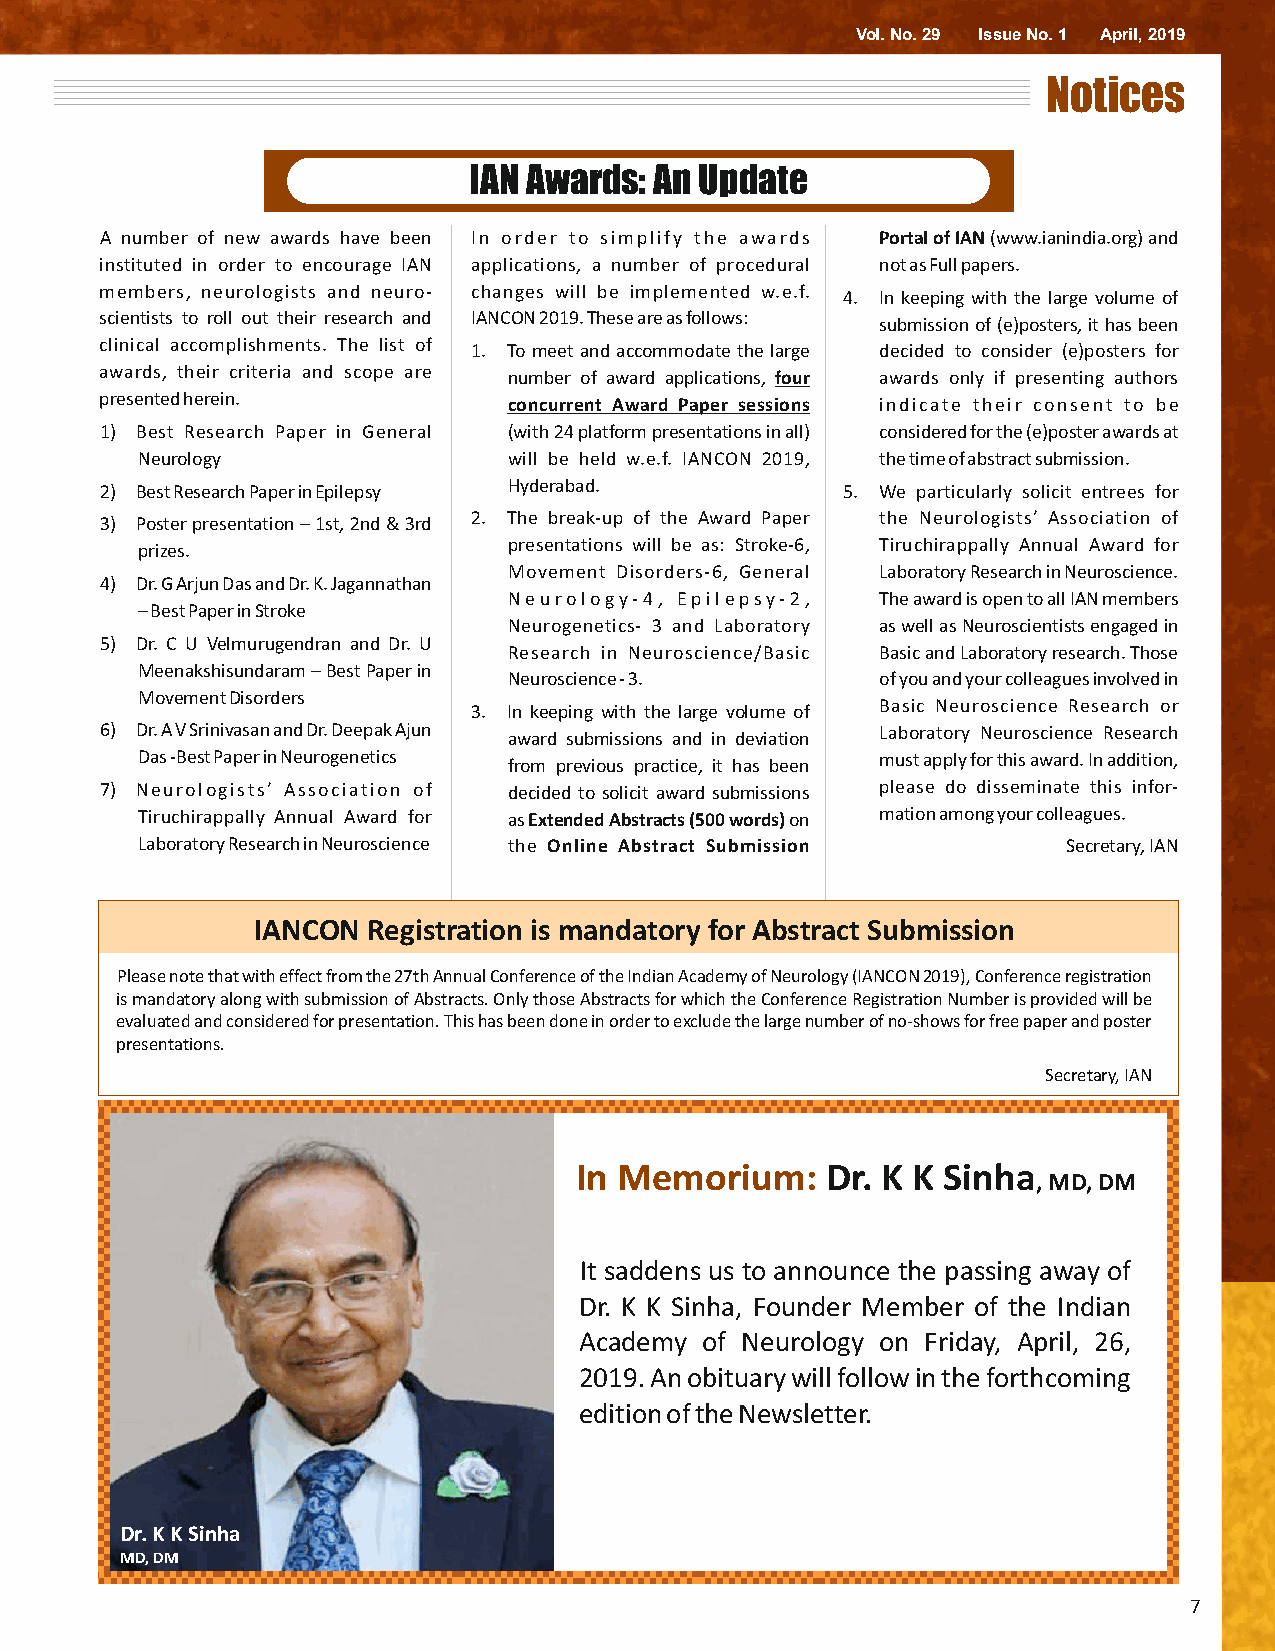
Vol. No. 29 Issue No. 1 April, 2019
 Notices
 IAN Awards: An Update
 A number of new awards have been In order to simplify the awards Portal of IAN (www.ianindia.org) and
 instituted in order to encourage IAN applications, a number of procedural not as Full papers.
 members, neurologists and neuro- changes will be implemented w.e.f. 4. In keeping with the large volume of
 scientists to roll out their research and IANCON 2019. These are as follows: submission of (e)posters, it has been
 clinical accomplishments. The list of 1. To meet and accommodate the large decided to consider (e)posters for
 awards, their criteria and scope are number of award applications, four awards only if presenting authors
 presented herein.          concurrent Award Paper sessions indicate their consent to be
 1) Best Research Paper in General (with 24 platform presentations in all) considered for the (e)poster awards at
 Neurology                will be held w.e.f. IANCON 2019, the time of abstract submission.
 2) Best Research Paper in Epilepsy Hyderabad.    5. We particularly solicit entrees for
 3) Poster presentation – 1st, 2nd & 3rd 2. The break-up of the Award Paper the Neurologists’ Association of
 prizes.                  presentations will be as: Stroke-6, Tiruchirappally Annual Award for
 Movement Disorders-6, General Laboratory Research in Neuroscience.
 4) Dr. G Arjun Das and Dr. K. Jagannathan
 Neurology-4, Epilepsy-2, The award is open to all IAN members
 – Best Paper in Stroke
 Neurogenetics- 3 and Laboratory as well as Neuroscientists engaged in
 5) Dr. C U Velmurugendran and Dr. U
 Research in Neuroscience/Basic Basic and Laboratory research. Those
 Meenakshisundaram – Best Paper in
 Neuroscience - 3.       of you and your colleagues involved in
 Movement Disorders
 3. In keeping with the large volume of Basic Neuroscience Research or
 6) Dr. A V Srinivasan and Dr. Deepak Ajun award submissions and in deviation Laboratory Neuroscience Research
 Das -Best Paper in Neurogenetics from previous practice, it has been must apply for this award. In addition,
 7) Neurologists’ Association of decided to solicit award submissions please do disseminate this infor-
 Tiruchirappally Annual Award for as Extended Abstracts (500 words) on mation among your colleagues.
 Laboratory Research in Neuroscience the Online Abstract Submission Secretary, IAN
 IANCON Registration is mandatory for Abstract Submission
 Please note that with effect from the 27th Annual Conference of the Indian Academy of Neurology (IANCON 2019), Conference registration
 is mandatory along with submission of Abstracts. Only those Abstracts for which the Conference Registration Number is provided will be
 evaluated and considered for presentation. This has been done in order to exclude the large number of no-shows for free paper and poster
 presentations.
 Secretary, IAN
 In Memorium:     Dr. K K Sinha
 , MD, DM
 It saddens us to announce the passing away of
 Dr. K K Sinha, Founder Member of the Indian
 Academy of Neurology on Friday, April, 26,
 2019. An obituary will follow in the forthcoming
 edition of the Newsletter.
 Dr. K K Sinha
 MD, DM
 7